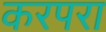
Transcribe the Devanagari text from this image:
करपरा